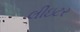
લીઇટર